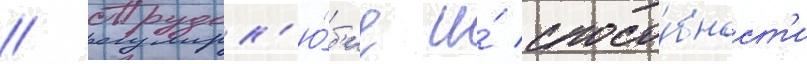
// Трудол'ю́б'ие и́ спосо́бност'и